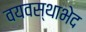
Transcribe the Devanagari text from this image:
वयवस्थाभेद